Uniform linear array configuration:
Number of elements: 12
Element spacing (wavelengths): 0.75
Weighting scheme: binomial
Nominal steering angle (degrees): -15
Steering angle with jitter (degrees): -15.253
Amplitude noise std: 0.05
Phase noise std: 0.05

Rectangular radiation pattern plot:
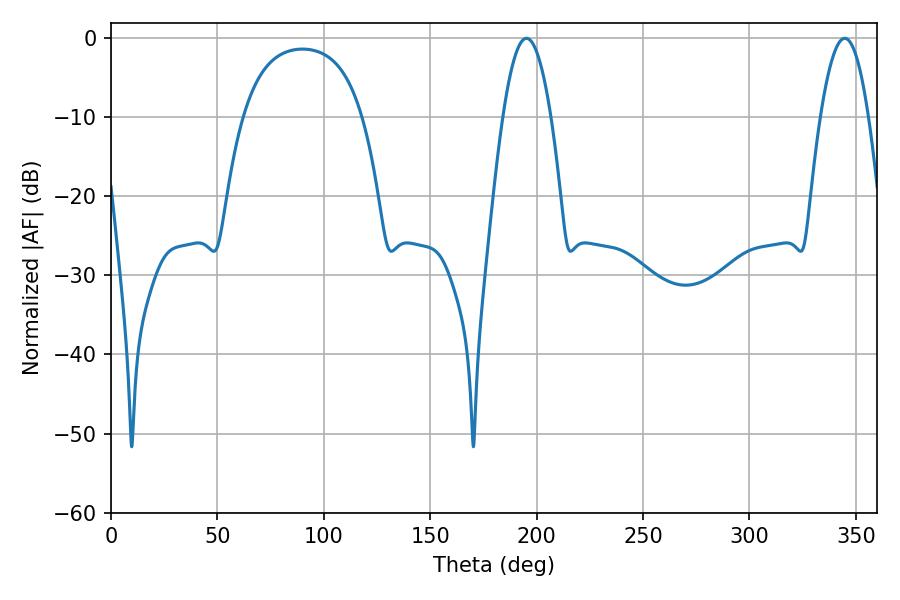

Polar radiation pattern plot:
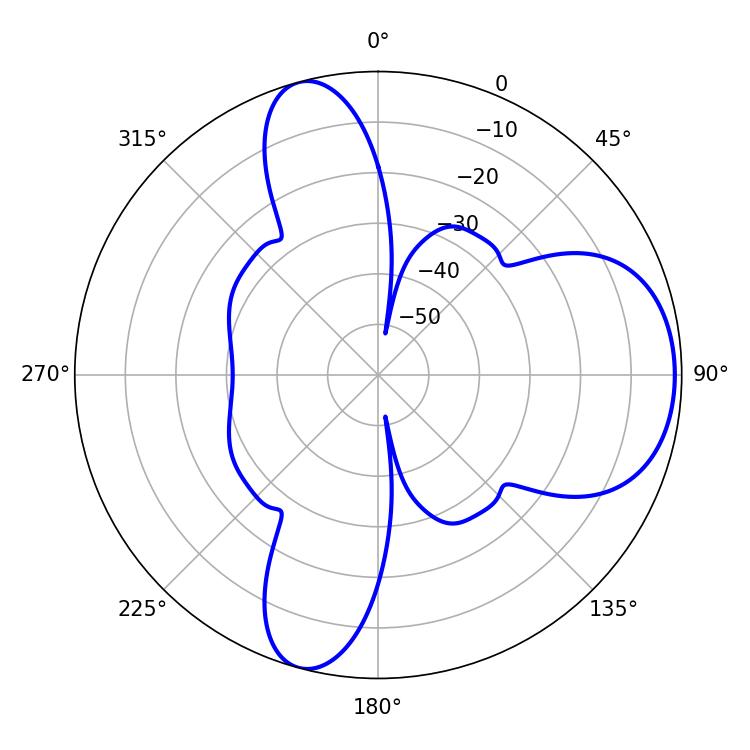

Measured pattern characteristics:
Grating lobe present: TRUE
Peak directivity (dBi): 7.587
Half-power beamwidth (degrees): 12.24
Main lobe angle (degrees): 195.3